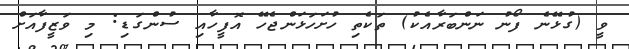
ވީ (ގުޅޭނެ ފޯނު ނަންބަރާއެކު) ތަކެތި ހުށަހަޅަންޖެހޭ އޮފީހާއި ސުންގަޑި: މި ވަޒީފާއަށް